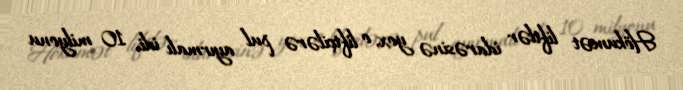
Hökumət liftlər idarəsinə yox, o liftçilərə pul ayırmalı idi. 10 milyonu